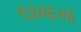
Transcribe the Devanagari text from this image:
१३४६०६